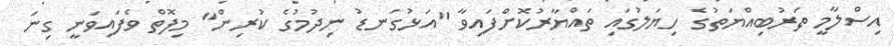
އިސްލާމީ ތަރުބިއްޔަތުގެ ހިޔަލުގައި ތައްޔާރުކޮށްފައިވާ "އަޅުގަނޑު ނިދުމުގެ ކުރިން" މިފޮތް ވެފައިވަނީ ގިނަ